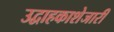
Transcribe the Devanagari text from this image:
उद्वाहकाशेजारी